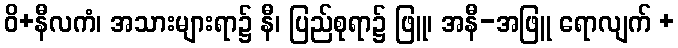
ဝိ+နီလကံ၊ အသားများရာ၌ နီ၊ ပြည်စုရာ၌ ဖြူ၊ အနီ-အဖြူ ရောလျက် +